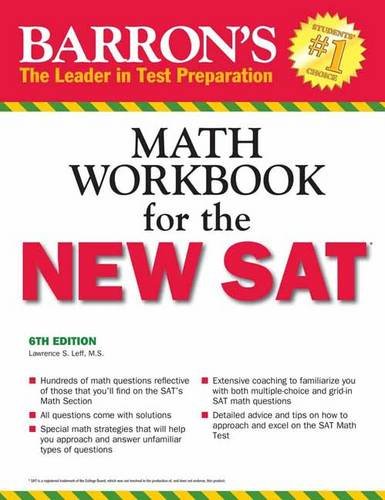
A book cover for Barron's Math Workbook for the NEW SAT, 6th Edition (Barron's Sat Math Workbook); Lawrence S. Leff M.S.; Test Preparation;